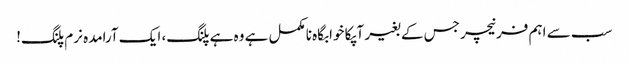
سب سے اہم فرنیچر جس کے بغیر آپکا خوابگاہ نامکمل ہے وہ ہے پلنگ، ایک آرامدہ نرم پلنگ!